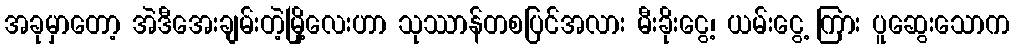
အခုမှာတော့ အဲဒီအေးချမ်းတဲ့မြို့လေးဟာ သုဿာန်တစပြင်အလား မီးခိုးငွေ့၊ ယမ်းငွေ့ ကြား ပူဆွေးသောက